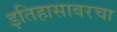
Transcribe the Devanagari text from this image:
इतिहासावरचा